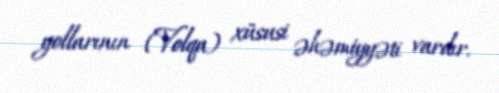
yollarının (Volqa) xüsusi əhəmiyyəti vardır.